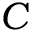
C